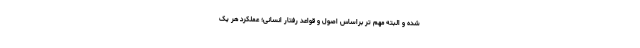
شده و البته مهم تر براساس اصول و قواعد رفتار انسانی؛ عملکرد هر یک